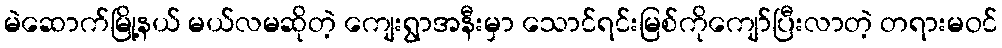
မဲဆောက်မြို့နယ် မယ်လမဆိုတဲ့ ကျေးရွာအနီးမှာ သောင်ရင်းမြစ်ကိုကျော်ပြီးလာတဲ့ တရားမဝင်